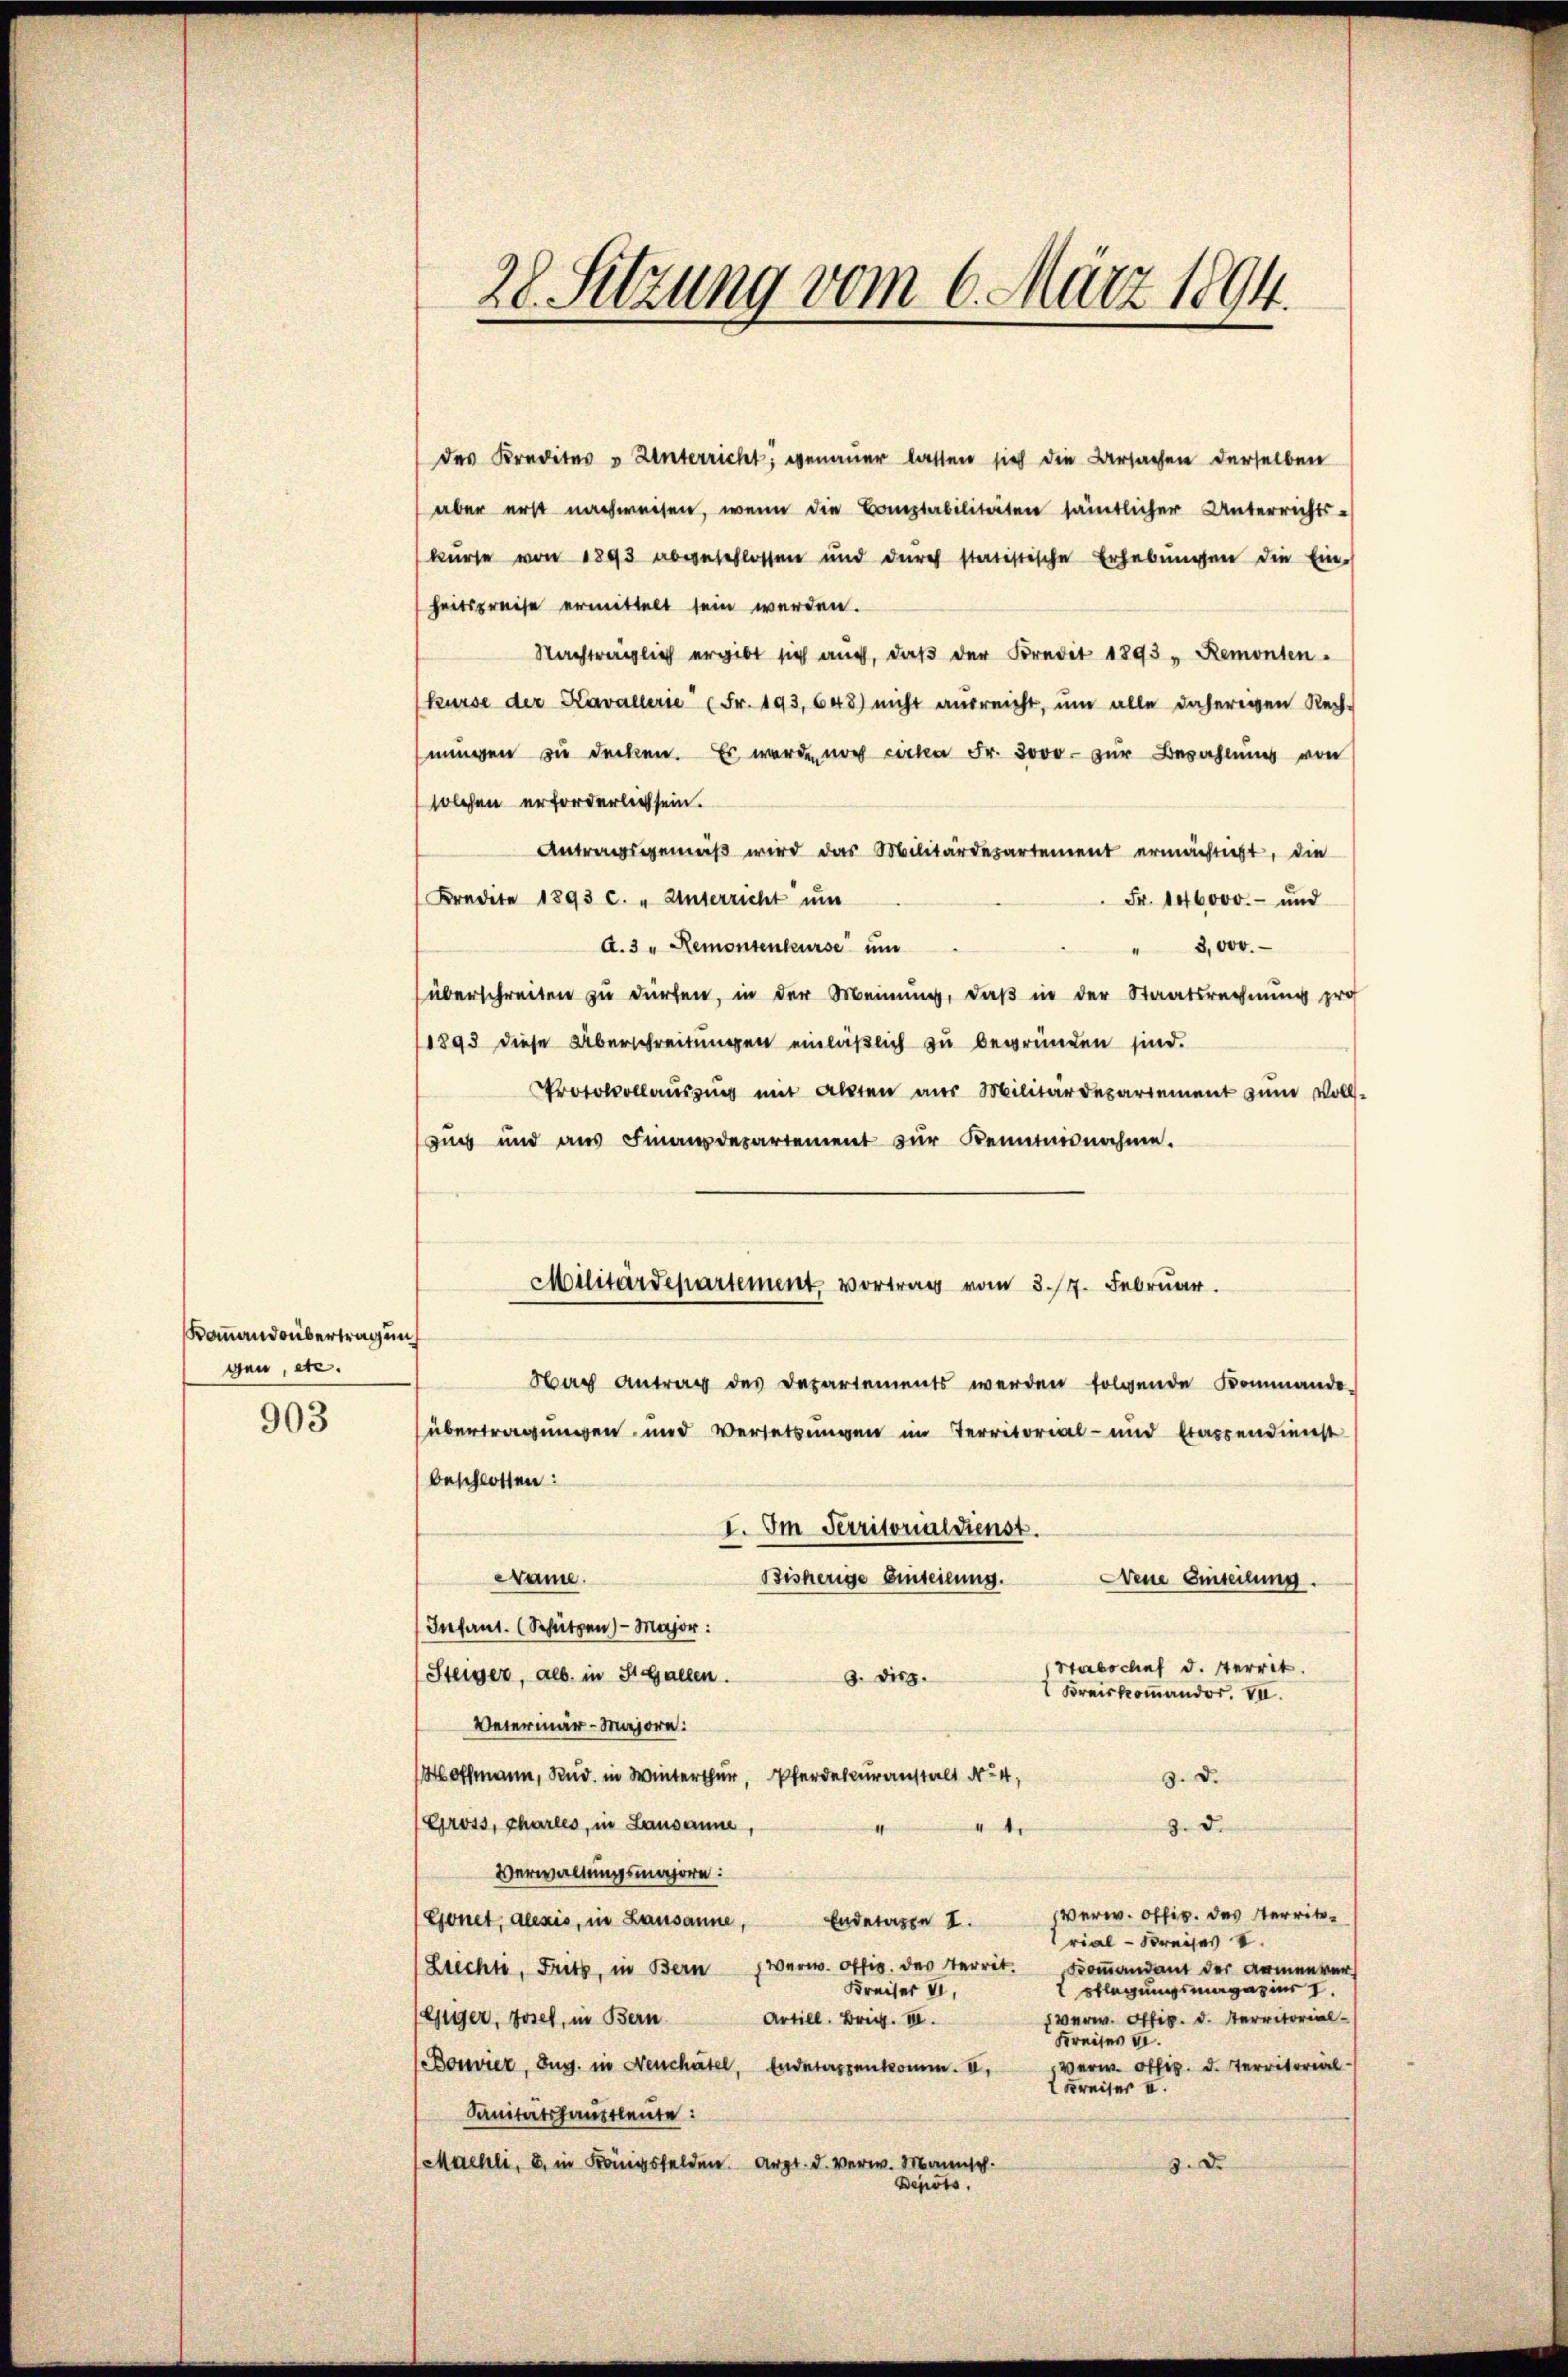
Kommandsübertragung
gen, etc.

903

28. Sitzung vom 6. März 1894.

des Kredites u Unterricht, genauer lassen sich die Ursachen derselben
aber erst nachweisen, wenn die Bauptabilitäten sämtlicher Unterrichts-
kurse von 1893 abgeschlossen und durch statistische Erhebungen die Ein-
heitspreise ermittelt sein werden.
Nachträglich ergibt sich auch, daβ der Kredit 1893 " Remonten.
Kurse der Kavallerie (Fr. 193, 648) nicht ausreicht, ŭm alle daherigen Rech-
mungen zu decken. Es werde noch cirka Fr. 3000 zur Bezahlung von
solchen erforderlich sein.
Antragsgemäβ wird das Militärdepartement ermächtigt, die
Kredite 1893 c. „Unterricht um
Fr. 146000.- und
A.3 " Remontenkurse um
" 3,000.
überschreiten zu dürfen, in der Meinung, daß in der Staatsrechnung pro
1893 diese Überschreitungen einläßlich zu begründen sind.
Protokollausung um Akten aus Militärdepartement zŭm Volls-
Zug und aus Finanzdepartement zur Kenntnisnahme.
Nach Antrag des Departements werden folgende Kommando-
übertragungen und Versetzungen im Territorial- und trassendienst
beschlossen:
I. Im Territorialdienst.
Dame.
Bisherige Einteilung.
Nenne Einteilung.
Infant. (Schützen) — Major:
Stabschief d. sterrit
Steiger, als in St. Gallen.
8. Disp.
Kreiskommandor. VII.
Veterinär-Majore:
Hoffmann, Rud. in Winterthur, Pferdecuranstalt No 4,
3. d.
Gross, charles, in Lausanne,
3. d.
4
Verwaltungsmajore:
Verw. Offig. des Territ¬
Gonet, dlesis, in Lausanne, Endessen I.
rial - Kreises S
Verw. Offig des Territ.
Kommandant der Armenver
Liechte, Fritz, in Bern
pflegungsmagazinr I.
Kreiser V
 verw. Offiz. d. Territorial-
Artill. Brig. III.
Giger, Josef, in Bern
Kreises II.
Bonier, Zug. in Neuchatel, Endetersenkomm. II,
Verw. Offiz. d. Territorial
Erreiser u.
Sanitätshauptleute:
Maehli, B. in Königsfelden Arzt. d. Verw. Mannsch.
3. De
Depots.

Militärdepartement, vortrag vom 3. 17. Februar.